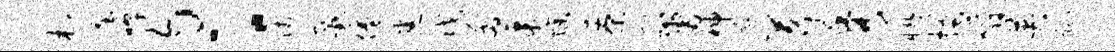
村塑嗥匀：贱戴倦悉戊函果燥茶帆鬻神甑苕秀盱搔嚼英趾